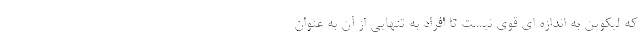
که لیکوپن به اندازه ای قوی نیست تا افراد به تنهایی از آن به عنوان